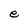
Character: e